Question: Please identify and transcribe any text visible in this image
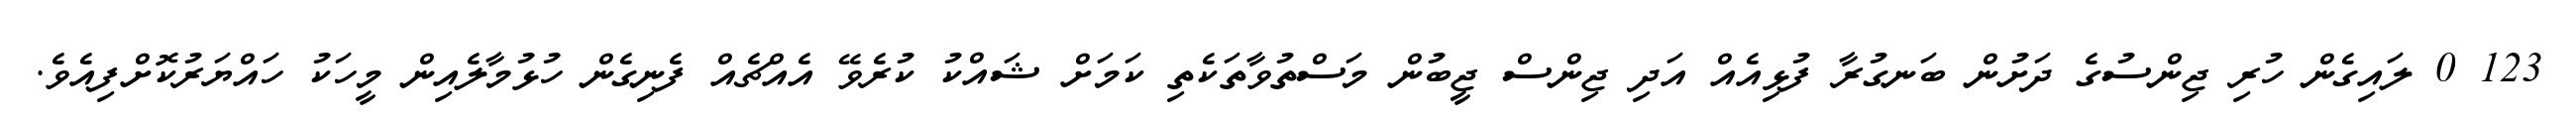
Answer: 123 0 ލައިގެން ހުރި ޖިންސުގެ ދަށުން ބަނގުރާ ފުޅިއެއް އަދި ޖިންސް ޖީބުން މަސްތުވާތަކެތި ކަމަށް ޝައްކު ކުރެވޭ އެއްޗެއް ފެނިގެން ހުޅުމާލެއިން މީހަކު ހައްޔަރުކޮށްފިއެވެ.